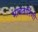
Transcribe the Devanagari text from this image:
भावतारिणी